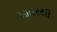
ખાતરથી